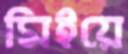
মিইয়ে